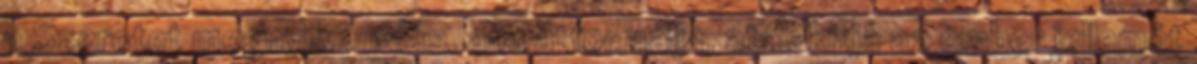
a Szeretet megnyilvánulás, ami átformálja, átalakítja az ember jellemét